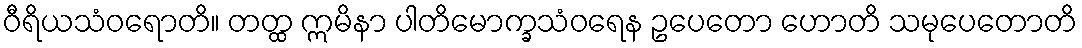
ဝီရိယသံဝရောတိ။ တတ္ထ ဣမိနာ ပါတိမောက္ခသံဝရေန ဥပေတော ဟောတိ သမုပေတောတိ